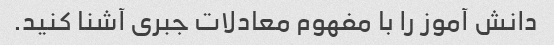
دانش آموز را با مفهوم معادلات جبری آشنا کنید.